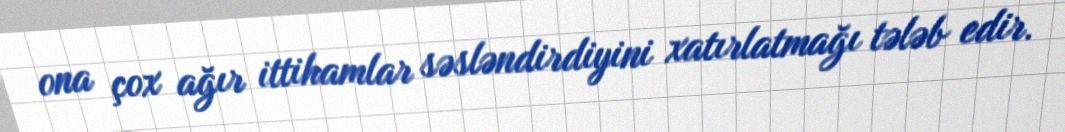
ona çox ağır ittihamlar səsləndirdiyini xatırlatmağı tələb edir.